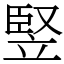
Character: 竪